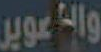
والعوير